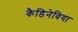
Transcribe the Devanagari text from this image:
कैडिनेविया